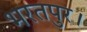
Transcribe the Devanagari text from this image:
भरतपुर।